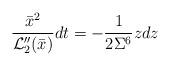
LaTeX: \begin{align*} \frac{\bar x^2}{{\cal L}_2''(\bar x)}dt=-\frac{1}{2\Sigma^6}zdz\end{align*}